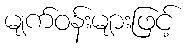
မျက်ဝန်းများဖြင့်